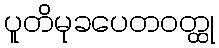
ပူတိမုခပေတဝတ္ထု